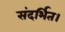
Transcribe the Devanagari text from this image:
संदर्भित।